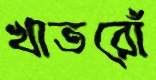
খাতরোঁ